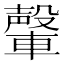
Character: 䡰